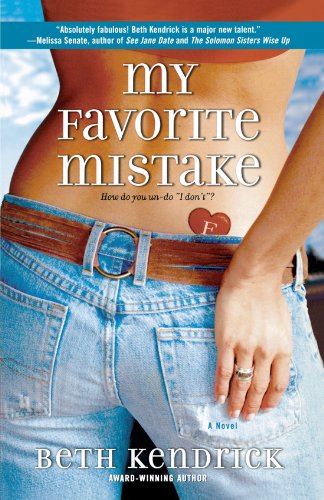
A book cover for My Favorite Mistake; Beth Kendrick; Literature & Fiction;